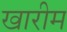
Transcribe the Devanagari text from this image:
खारीम